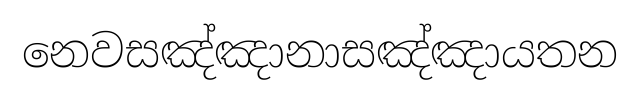
නෙවසඤ්ඤානාසඤ්ඤායතන